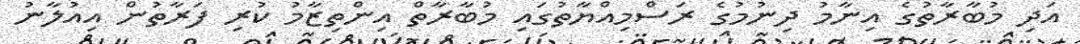
އަދި މުބާރާތުގެ އިނާމު ދިނުމުގެ ރަސްމިއްޔާތުގައި މުބާރާތް އިންތިޒާމު ކުރި ފަރާތުން އިއުލާނު